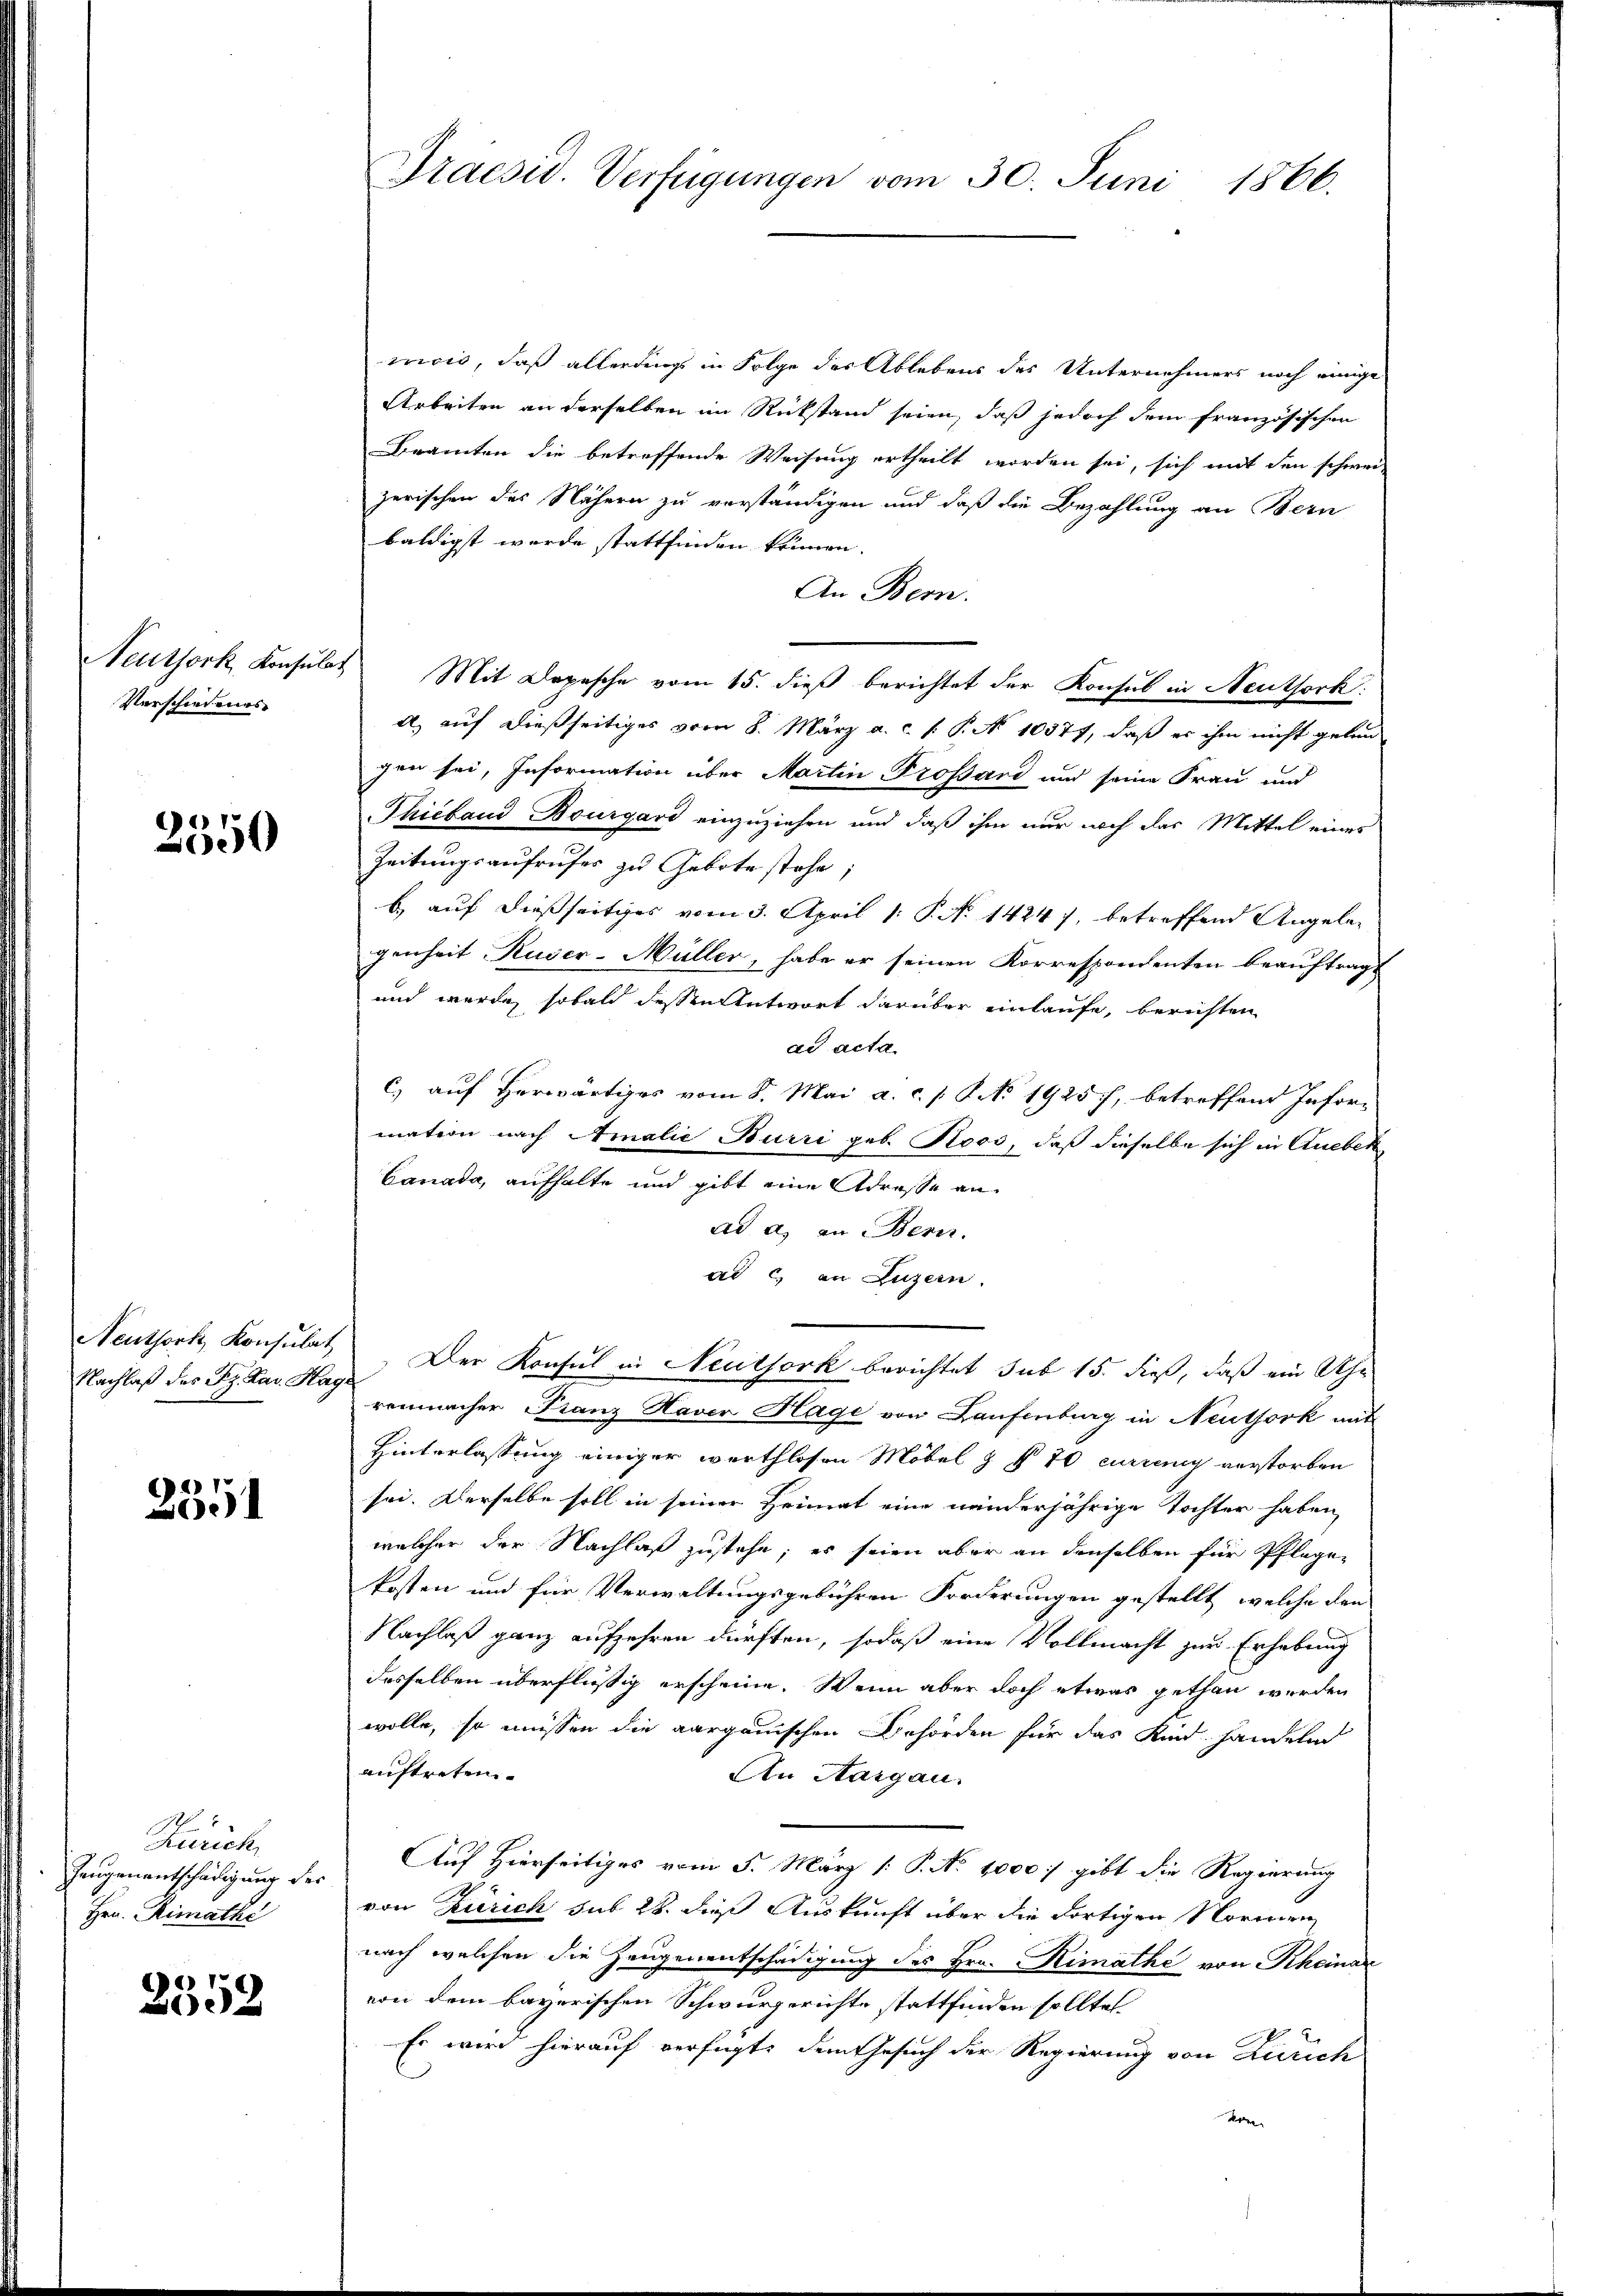
Verschiedenes

2550

Nachlaß des Sr. Kar. Hag

6
250

Zürich,
Zeugenentschädigung des
Hrn. Rimathe

2552

Praesid. Verfügungen vom 30. Juni 1866.

cricis, daß allerdings in Folge des Ablebens des Unternehmers noch einige
Arbeiten an derselben im Rückstand seien, daß jedoch dem französischen
Beamten die betreffende Weisung ertheilt worden sei, sich mit den schwei-
zerischen des Nähern zu verständigen und daß die Bezahlung an Bern
baldigst wurde stattfinden können.
An Bern.
Neuthork, Konsulat Mit Depesche vom 15. dieβ berichtet der Konsul in Neuthork:
a) auf dießseitiges vom 8. März a. c. s. P. N. 10377, daß es ihm nicht gelun
gen sei, Information über Martin Trossard und seine Frau und
Thicband Bourgard einzuziehen und daß ihm nur noch das Mittel eines
Zeitungsaufrufes zu Gebote stehe;
b.) auf dießseitiges vom 3. April 1: P. No 14247, betreffend Angeleg
genheit Ruser-Müller, habe er seinen Korrespondenten beauftragt
und werde, sobald dessen Antwort darüber einlaufe, berichten
ad acta
c) auf Herwärtiges vom 8. Mai a. c. s. No 19257, betreffend Infor-
mation nach Amalie Burri geb. Roos, daß dieselbe sich in Quebek
Canada, aufhalte und gibt eine Adresse an
ad a. an Bern.
ad c) an Luzern.
Neuthork, Konsulat Der Konsul in Neutjork berichtet sub 15. dieß, daß ein Uhr
f
renmacher Franz Haver Hage von Laufenburg in Neuthork mit
Hinterlassung einiger werthlosen Möbel & § 70 currency verstorben
sei. Derselbe soll in seiner Heimat eine nanderjährige Tochter haben,
welcher der Nachlaß zustehe; es seien aber an denselben für Pflegekosten und für Verwaltungsgebühren Forderungen gestellt, welche den
Nachlaß ganz aufzehren dürften, sodaß eine Vollmacht zur Erhebung
desselben überflüßig erscheine. Wenn aber doch etwas gethan werden
wolle, so müssen die aargauischen Behörden für das Kind handeln
auftreten.
An Aargau.
Auf Hierseitiges vom 5. März [: P. No 1000. gibt die Regierung
von Zürich sub 28. dieß Auskunft über die dortigen Normen
nach welchen die Zeugenentschädigung des Hrn. Rimathe von Rheinar
von dem bayerischen Schwurgerichte stattfinden sollte.
Es wird hierauf verfügt, dem Gesuch der Regierung von Zürich
Er